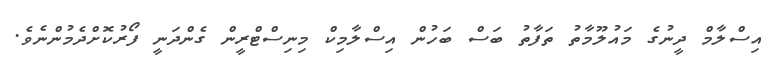
އިސްލާމް ދީނުގެ މައުލޫމާތު ތަފާތު ބަސް ބަހުން އިސްލާމިކް މިނިސްޓްރީން ގެންދަނީ ފޯރުކޮށްދެމުންނެވެ.